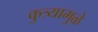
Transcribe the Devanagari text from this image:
कुत्र्यामुळे